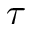
\tau